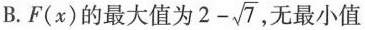
B.F(x)的最大值为$$2- \sqrt{7}$$ ，无最小值